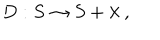
D : S \rightarrow S + \lambda \ ,